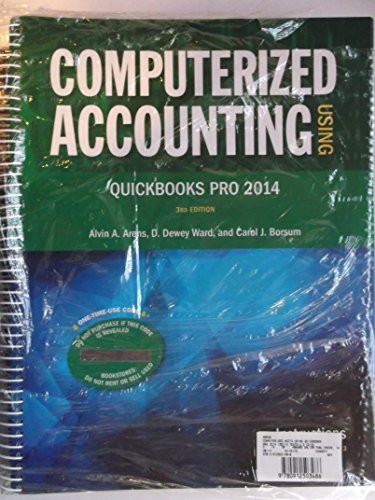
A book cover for Computerized Accounting Using QuickBooks Pro 2014; D. Dewey Ward, Carol J. Borsum Alvin A. Arens; Computers & Technology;